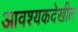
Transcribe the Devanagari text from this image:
आवश्यकदेखील